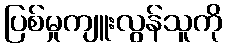
ပြစ်မှုကျူးလွန်သူကို